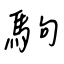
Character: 駒